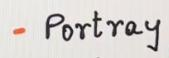
- Portray